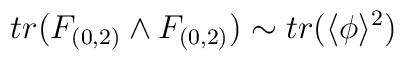
tr(F_{(0,2)}\wedge F_{(0,2)}) \sim tr( \langle\phi\rangle^{2})